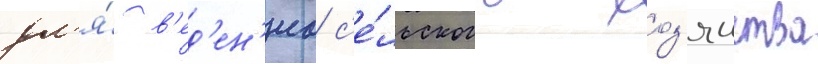
дл'я́ в'ед'ен'иа с'е́льского хоз'яиства